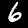
Label: 6